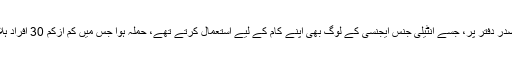
اسی ماہ میں لاہور میں پولیس کے ایک صدر دفتر پر، جسے انٹیلی جنس ایجنسی کے لوگ بھی اپنے کام کے لیے استعمال کرتے تھے، حملہ ہوا جس میں کم ازکم 30 افراد ہلاک اور تقریباً 300 زخمی ہو گئے تھے۔